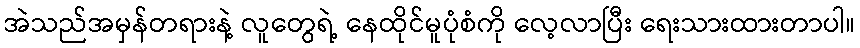
အဲသည်အမှန်တရားနဲ့ လူတွေရဲ့ နေထိုင်မူပုံစံကို လေ့လာပြီး ရေးသားထားတာပါ။